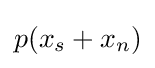
p(x_{s}+x_{n})